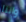
واننا